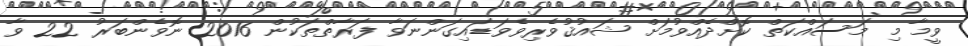
ވީމާ މި މަސައްކަތް ކޮށްދެއްވުމަށް ޝައުޤުވެރިވެވަޑައިގަންނަވާ ފަރާތްތަކުން 2016 ނޮވެންބަރު 22 ވާ